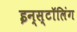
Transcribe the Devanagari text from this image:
इन्स्टॉलिंग